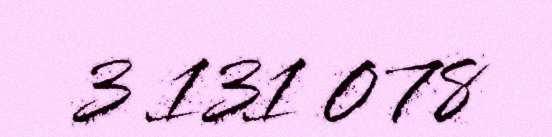
3 131 078